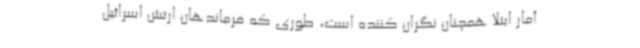
آمار ابتلا همچنان نگران کننده است، طوری که فرماندهان ارتش اسرائیل